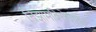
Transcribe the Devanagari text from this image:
निझामविरोधातच